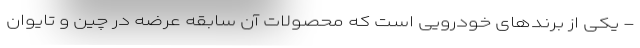
- یکی از برندهای خودرویی است که محصولات آن سابقه عرضه در چین و تایوان